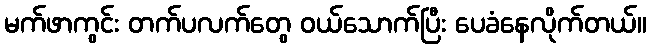
မက်ဖာကွင်း တက်ပလက်တွေ ဝယ်သောက်ပြီး ပေခံနေလိုက်တယ်။